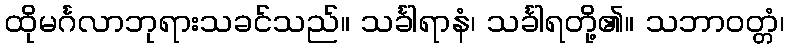
ထိုမင်္ဂလာဘုရားသခင်သည်။ သင်္ခါရာနံ၊ သင်္ခါရတို့၏။ သဘာဝတ္တံ၊